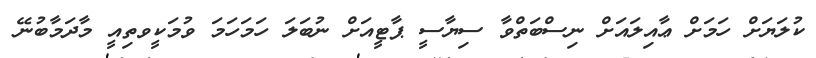
ކުލަޔަށް ހަމަށް ޢާއިލަައަށް ނިސްބަތްވާ ސިޔާސީ ޕާޓީއަށް ނުބަލަ ހަމަހަމަ ވުމަކީވތިއީ މާދަމާބުނޭ